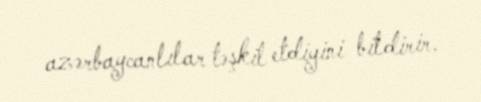
azərbaycanlılar təşkil etdiyini bildirir.